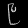
Digit: ၉